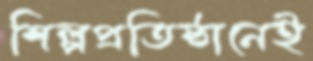
শিল্পপ্রতিষ্ঠানেই